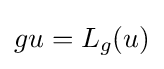
gu=L_{g}(u)